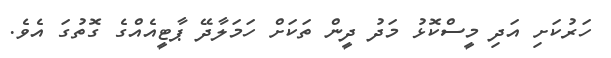
ހަރުކަށި އަދި މީސްކޮޅު މަދު ދީން ތަކަށް ހަމަލާދޭ ޕާޓީއެއްގެ ގޮތުގަ އެވެ.